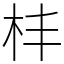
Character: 㭋